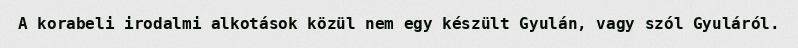
A korabeli irodalmi alkotások közül nem egy készült Gyulán, vagy szól Gyuláról.